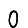
Digit: 0